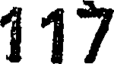
117